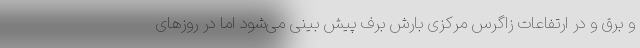
و برق و در ارتفاعات زاگرس مرکزی بارش برف پیش بینی می‌شود اما در روزهای